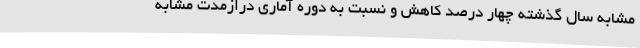
مشابه سال گذشته چهار درصد کاهش و نسبت به دوره آماری درازمدت مشابه